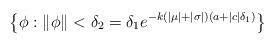
LaTeX: \begin{align*} \left\{\phi:\|\phi\|< \delta_2=\delta_1e^{-k(|\mu|+|\sigma|)(a+|c|\delta_1)}\right\}\end{align*}